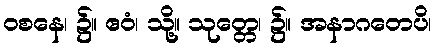
ဝစနေ၊ ၌။ ဧဝံ၊ သို့။ သုတ္တေ၊ ၌။ အနာဂတေပိ၊